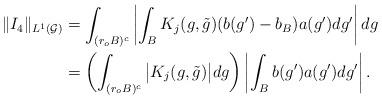
LaTeX: \begin{align*}\|I_4\|_{L^1(\mathcal G)}&=\int_{(r_oB)^{c}}\left|\int_{B }K_j(g,\tilde g)(b(g')-b_B)a(g')dg'\right|dg\\&=\left(\int_{(r_oB)^c}\big| K_j(g,\tilde g)\big|dg\right)\left|\int_{B}b(g')a(g')dg'\right|.\end{align*}